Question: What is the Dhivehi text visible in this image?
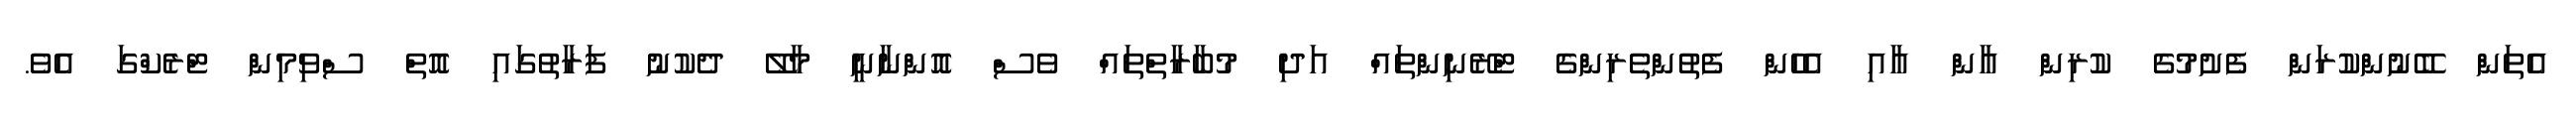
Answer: އެތަން ބޭނުންކުރަން ފެށުމުގެ ކުރިން އާން އާއި އެހެން ފެތުންތެރިންގެ ޓްރޭނިންތައް އަދި މުބާރާތްތައް ވެސް އޮންނާނީ މާލޭ ދެކުނު ފަރާތުގައި އޮތް ސްވިމިން ޓްރެކްގަ އެވެ.